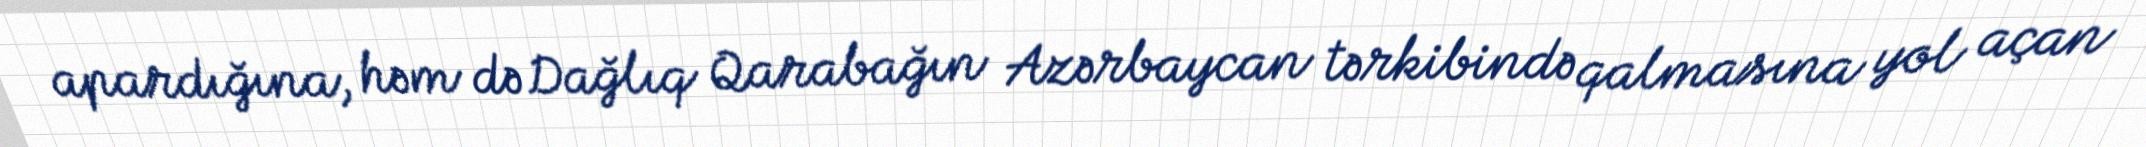
apardığına, həm də Dağlıq Qarabağın Azərbaycan tərkibində qalmasına yol açan